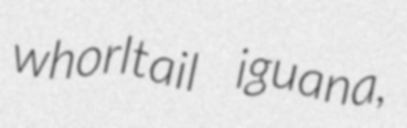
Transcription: whorltail iguana,